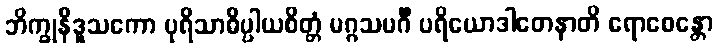
ဘိက္ခုနီဒူသကော ပုရိသာဓိပ္ပါယစိတ္တံ မဂ္ဂသမင်္ဂီ ပရိယောဒါတေနာတိ ရောစေန္တော